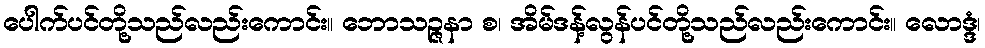
ပေါက်ပင်တို့သည်လည်းကောင်း။ ဘောသဉ္ဇနာ စ၊ အိမ်ဒန့်လွန်ပင်တို့သည်လည်းကောင်း။ လောဒ္ဒံ၊